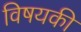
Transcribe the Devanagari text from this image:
विषयकी